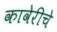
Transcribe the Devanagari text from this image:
कावेरीचे